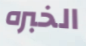
الخبره